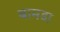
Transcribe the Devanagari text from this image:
बामडा